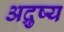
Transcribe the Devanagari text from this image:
अद्रुष्य